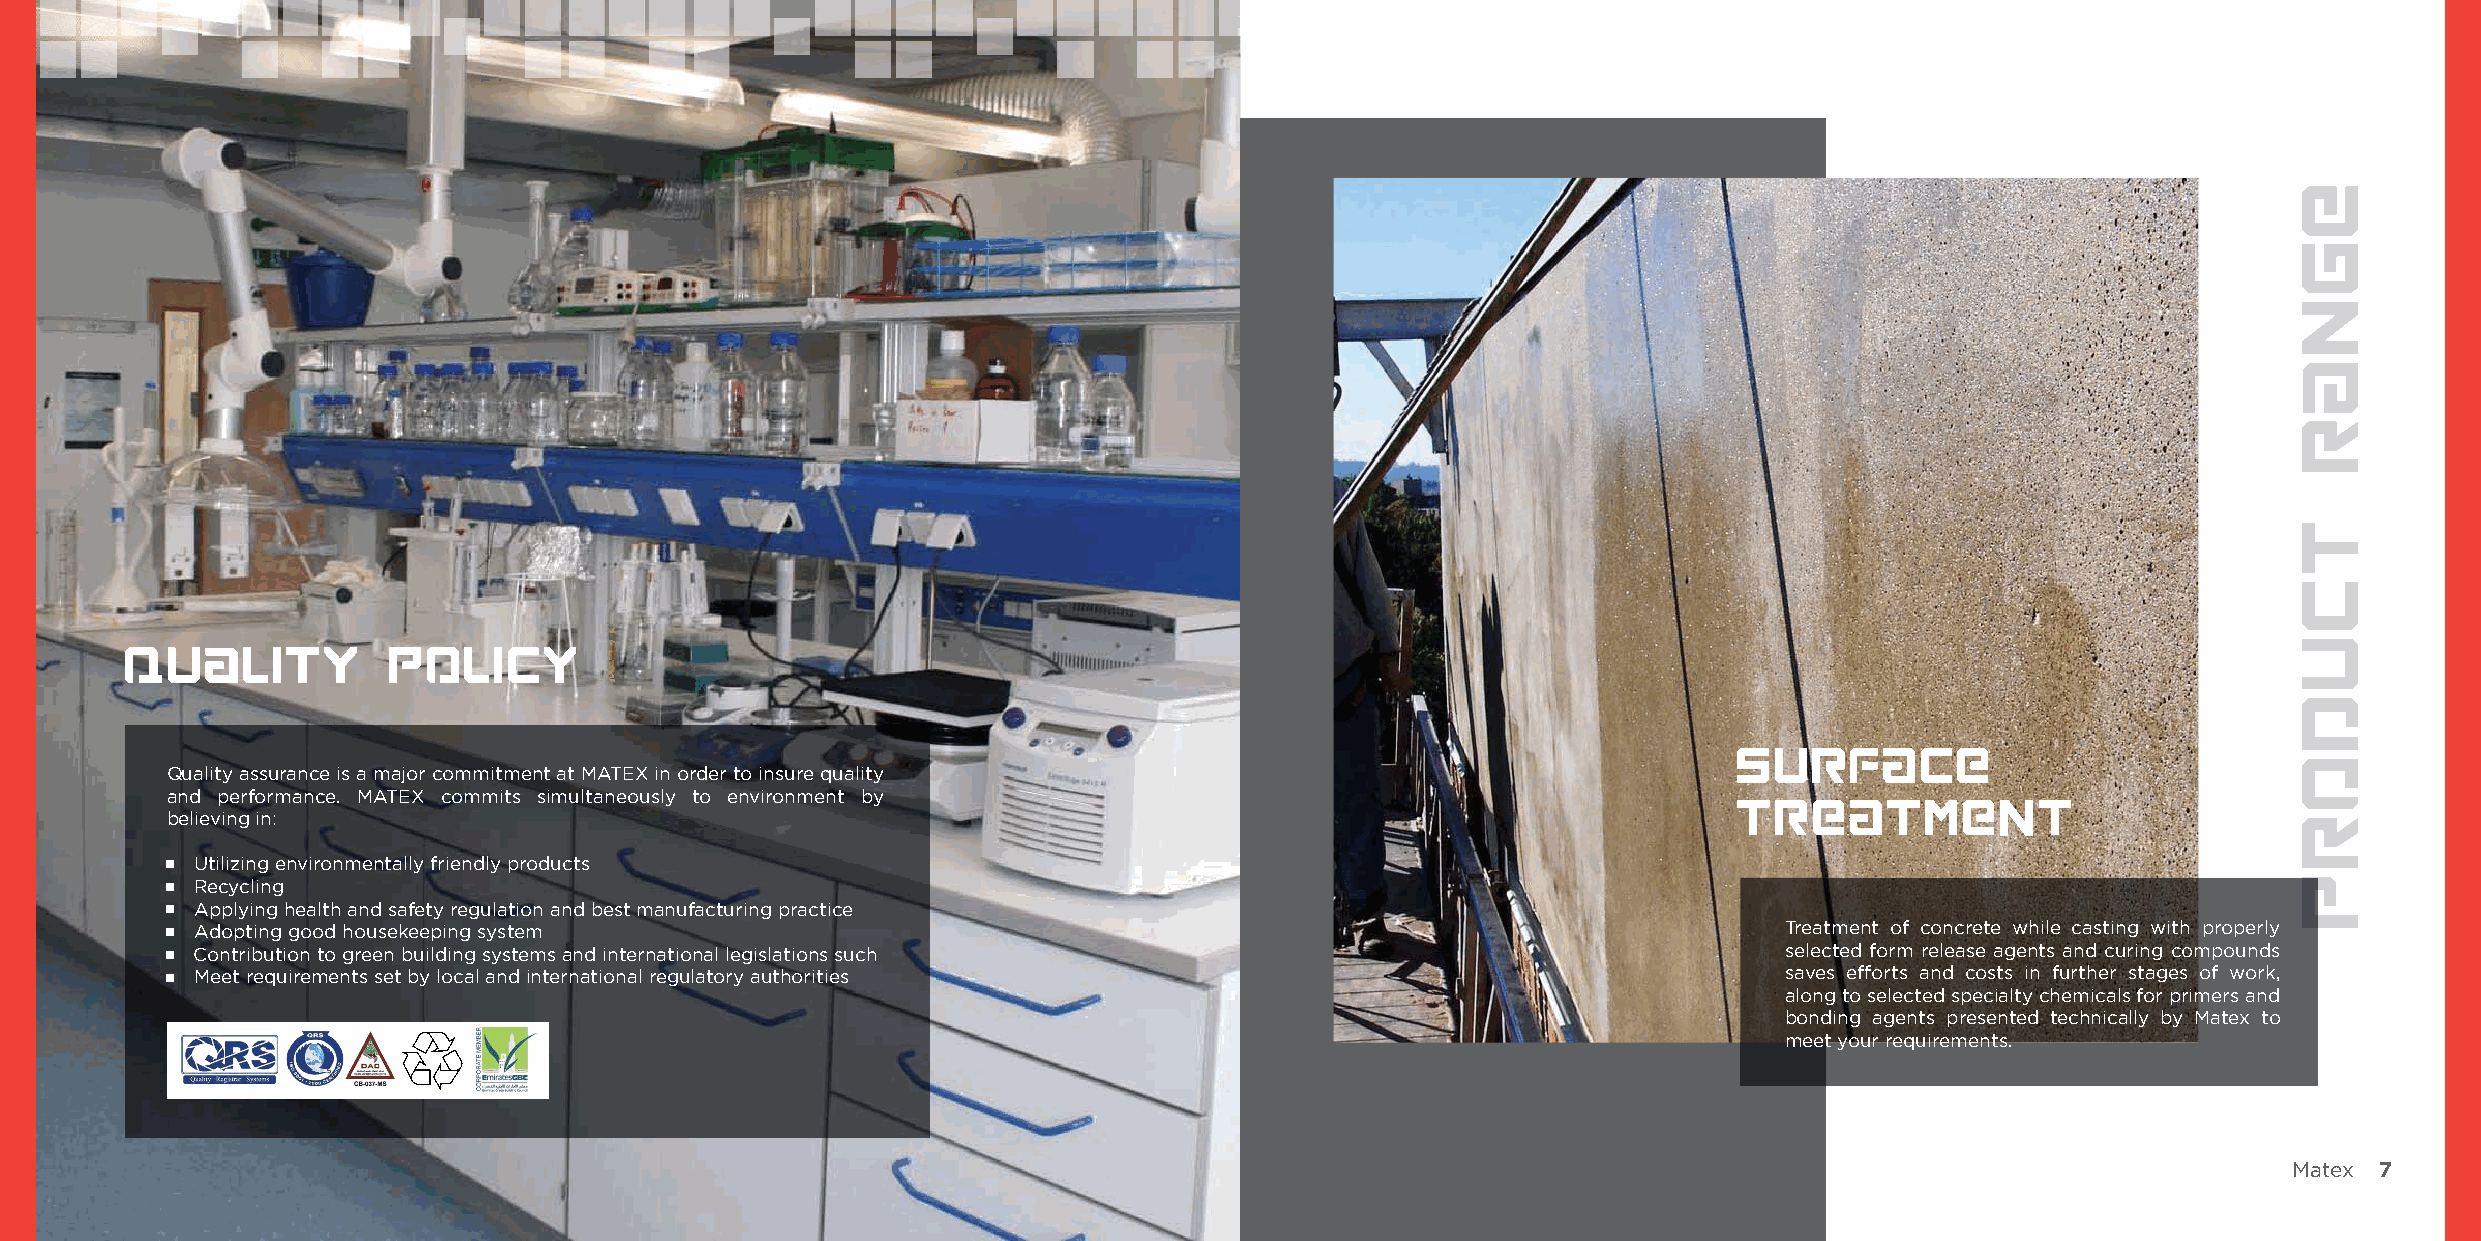
QUALITY           POLICY
 Surface
 Quality assurance is a major commitment at MATEX in order to insure quality
 and performance. MATEX commits simultaneously to environment by                                         Treatment
 believing in:
 Utilizing environmentally friendly products
 Recycling
 Applying health and safety regulation and best manufacturing practice
 Adopting good housekeeping system                                                                        Treatment of concrete while casting with properly
 Contribution to green building systems and international legislations such                               selected form release agents and curing compounds
 Meet requirements set by local and international regulatory authorities                                  saves efforts and costs in further stages of work,
 along to selected specialty chemicals for primers and
 bonding agents presented technically by Matex to
 meet your requirements.
 Matex 7